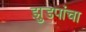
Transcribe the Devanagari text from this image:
झुडपांचा